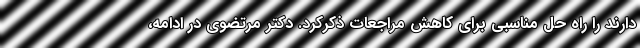
دارند را راه حل مناسبی برای کاهش مراجعات ذکرکرد. دکتر مرتضوی در ادامه،